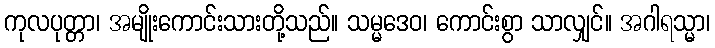
ကုလပုတ္တာ၊ အမျိုးကောင်းသားတို့သည်။ သမ္မဒေဝ၊ ကောင်းစွာ သာလျှင်။ အဂါရသ္မာ၊